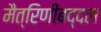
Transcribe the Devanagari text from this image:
मैत्रिणींबद्दल